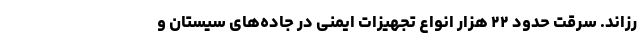
رزاند. سرقت حدود ۲۲ هزار انواع تجهیزات ایمنی در جاده‌های سیستان و